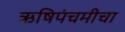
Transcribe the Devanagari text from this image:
ऋषिपंचमीचा